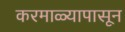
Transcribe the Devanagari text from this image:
करमाळ्यापासून